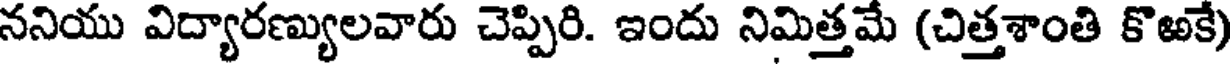
ననియు విద్యారణ్యులవారు చెప్పిరి. ఇందు నిమిత్తమే (చిత్తశాంతి కొఱకే)